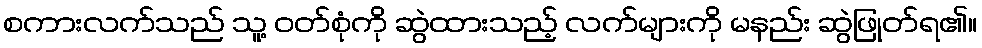
စကားလက်သည် သူ့ ဝတ်စုံကို ဆွဲထားသည့် လက်များကို မနည်း ဆွဲဖြုတ်ရ၏။